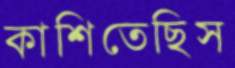
কাশিতেছিস